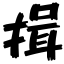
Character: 揖